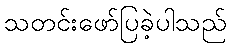
သတင်းဖော်ပြခဲ့ပါသည်